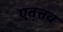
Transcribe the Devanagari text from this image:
एतत्तव